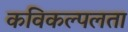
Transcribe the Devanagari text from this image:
कविकल्पलता